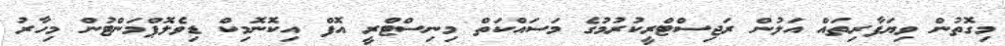
މިގޮތުން ވިޔަފާރިތައް އަލުން ރަޖިސްޓްރީކުރުމުގެ މަސައްކަތް މިނިސްޓްރީ އޮފް އިކޮނޮމިކް ޑިވެލޮޕްމަންޓުން މިހާރު